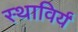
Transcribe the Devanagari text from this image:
स्थाविर्यं